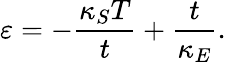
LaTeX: \varepsilon=-\frac{\kappa_{S}T}{t}+\frac{t}{\kappa_{E}}.